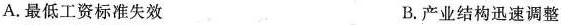
A.最低工资标准失效 B.产业结构迅速调整